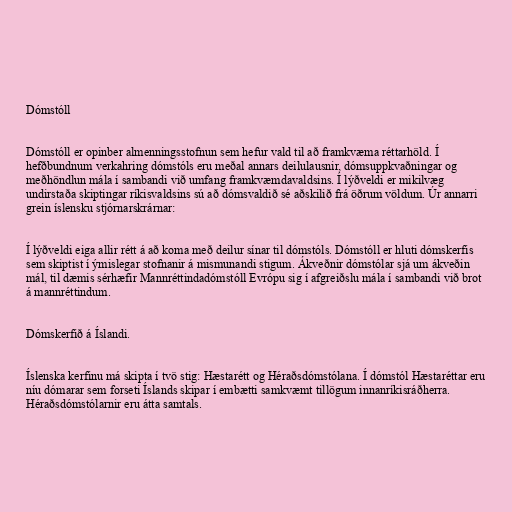
Dómstóll

Dómstóll er opinber almenningsstofnun sem hefur vald til að framkvæma réttarhöld. Í
hefðbundnum verkahring dómstóls eru meðal annars deilulausnir, dómsuppkvaðningar og
meðhöndlun mála í sambandi við umfang framkvæmdavaldsins. Í lýðveldi er mikilvæg
undirstaða skiptingar ríkisvaldsins sú að dómsvaldið sé aðskilið frá öðrum völdum. Úr annarri
grein íslensku stjórnarskrárnar:

Í lýðveldi eiga allir rétt á að koma með deilur sínar til dómstóls. Dómstóll er hluti dómskerfis
sem skiptist í ýmislegar stofnanir á mismunandi stigum. Ákveðnir dómstólar sjá um ákveðin
mál, til dæmis sérhæfir Mannréttindadómstóll Evrópu sig í afgreiðslu mála í sambandi við brot
á mannréttindum.

Dómskerfið á Íslandi.

Íslenska kerfinu má skipta í tvö stig: Hæstarétt og Héraðsdómstólana. Í dómstól Hæstaréttar eru
níu dómarar sem forseti Íslands skipar í embætti samkvæmt tillögum innanríkisráðherra.
Héraðsdómstólarnir eru átta samtals.